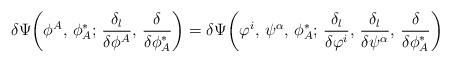
LaTeX: \begin{align*}\delta\Psi\bigg(\phi^A,\,\phi^*_A;\, \frac{\delta_l}{\delta\phi^A},\,\frac{\delta}{\delta\phi^*_A}\bigg)= \delta\Psi\bigg(\varphi^i,\,\psi^\alpha,\,\phi^*_A;\, \frac{\delta_l}{\delta\varphi^i},\,\frac{\delta_l}{\delta\psi^\alpha},\, \frac{\delta}{\delta\phi^*_A}\bigg)\end{align*}